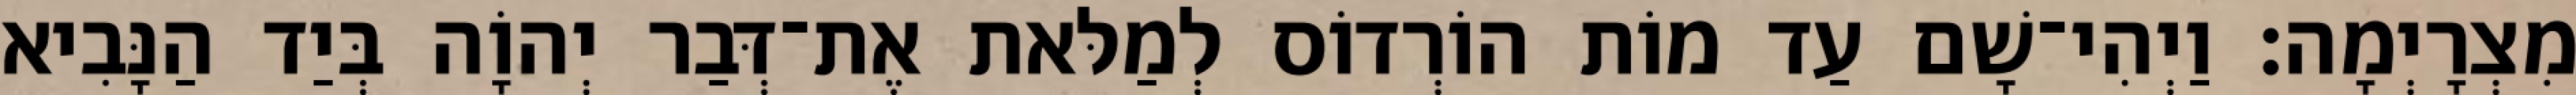
מִצְרָיְמָה׃ וַיְהִי־שָׁם עַד מוֹת הוֹרְדוֹס לְמַלּאת אֶת־דְּבַר יְהוָֹה בְּיַד הַנָּבִיא